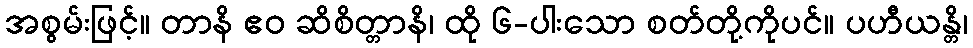
အစွမ်းဖြင့်။ တာနိ ဧဝ ဆိစိတ္တာနိ၊ ထို ၆-ပါးသော စတ်တို့ကိုပင်။ ပဟီယန္တိ၊